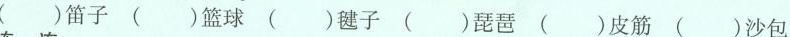
( )笛子 ( )篮球 ( )毽子 ( )琵琶 ( )皮筋 ( )沙包